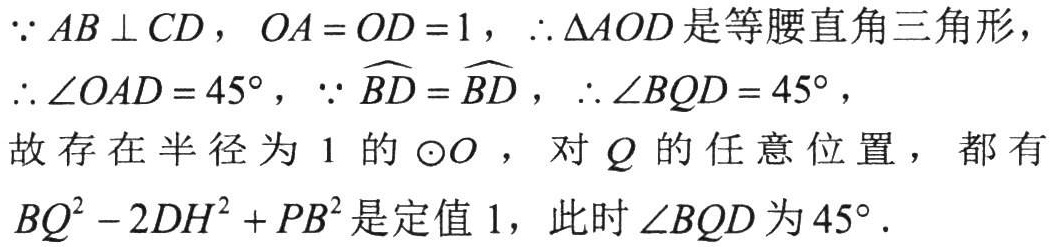
\(\because AB\perp CD\)，\(OA = OD = 1\)，\(\therefore\triangle AOD\)是等腰直角三角形，
\(\therefore\angle OAD = 45^{\circ}\)，\(\because\overset{\frown}{BD}=\overset{\frown}{BD}\)，\(\therefore\angle BQD = 45^{\circ}\)，
故存在半径为\(1\)的\(\odot O\) ，对\(Q\)的任意位置，都有
\(BQ^{2}-2DH^{2}+PB^{2}\)是定值\(1\)，此时\(\angle BQD\)为\(45^{\circ}\).